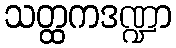
သတ္ထကဒဏ္ဍာ